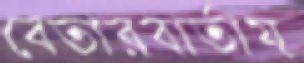
বেতারবার্তায়